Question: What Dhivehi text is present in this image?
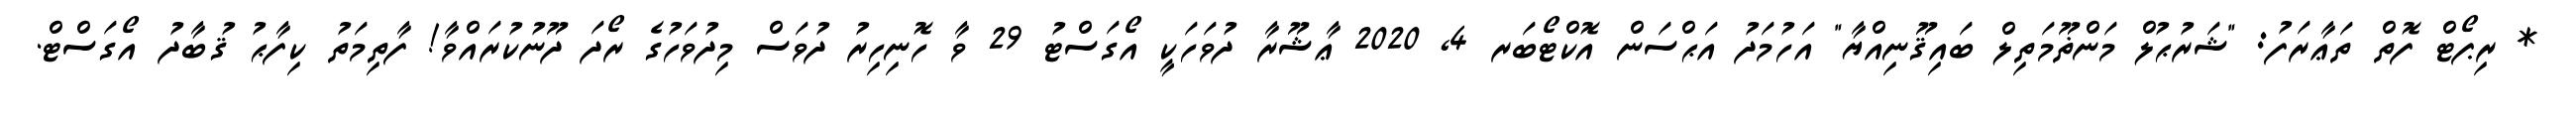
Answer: * ރިޕޯޓް ފޮތް ތަޢާރަފު: "ޝަރުޙުލް މަންޡޫމަތިލް ބައިޤޫނިއްޔާ" އަހުމަދު އަޙްސަން އޮކްޓޯބަރ 4, 2020 ޢާޝޫރާ ދުވަހަކީ އޯގަސްޓު 29 ވާ ހޮނިހިރު ދުވަސް މިދުވަހުގެ ރޯދަ ދޫނުކުރައްވާ! ފާތިމަތު ކިފާޙު ޤުބާދު އޯގަސްޓް.